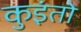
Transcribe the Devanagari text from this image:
कुइंतो